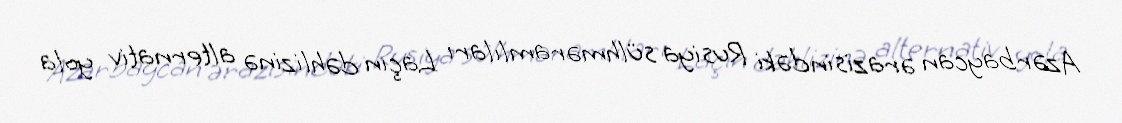
Azərbaycan ərazisindəki Rusiya sülhməramlıları Laçın dəhlizinə alternativ yola